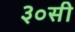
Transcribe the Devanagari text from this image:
३०सी